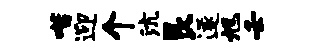
喈迎个沆艮遂旭壬